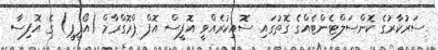
ސަރުކާރުގެ ކޮންސަލްޓެންޓެއްގެ ގޮތުގައި ސޮއިކުރެއްވީ އޮފީސް އޮފް ޕްރޮގްރާމް (އޯޕީޕީ) ގެ އޮފިސާ